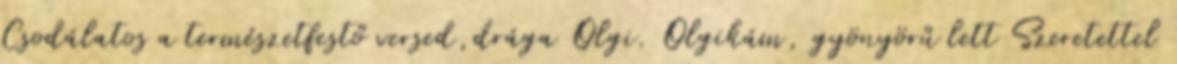
Csodálatos a természetfestő versed,drága Olgi. Olgikám, gyönyörű lett Szeretettel